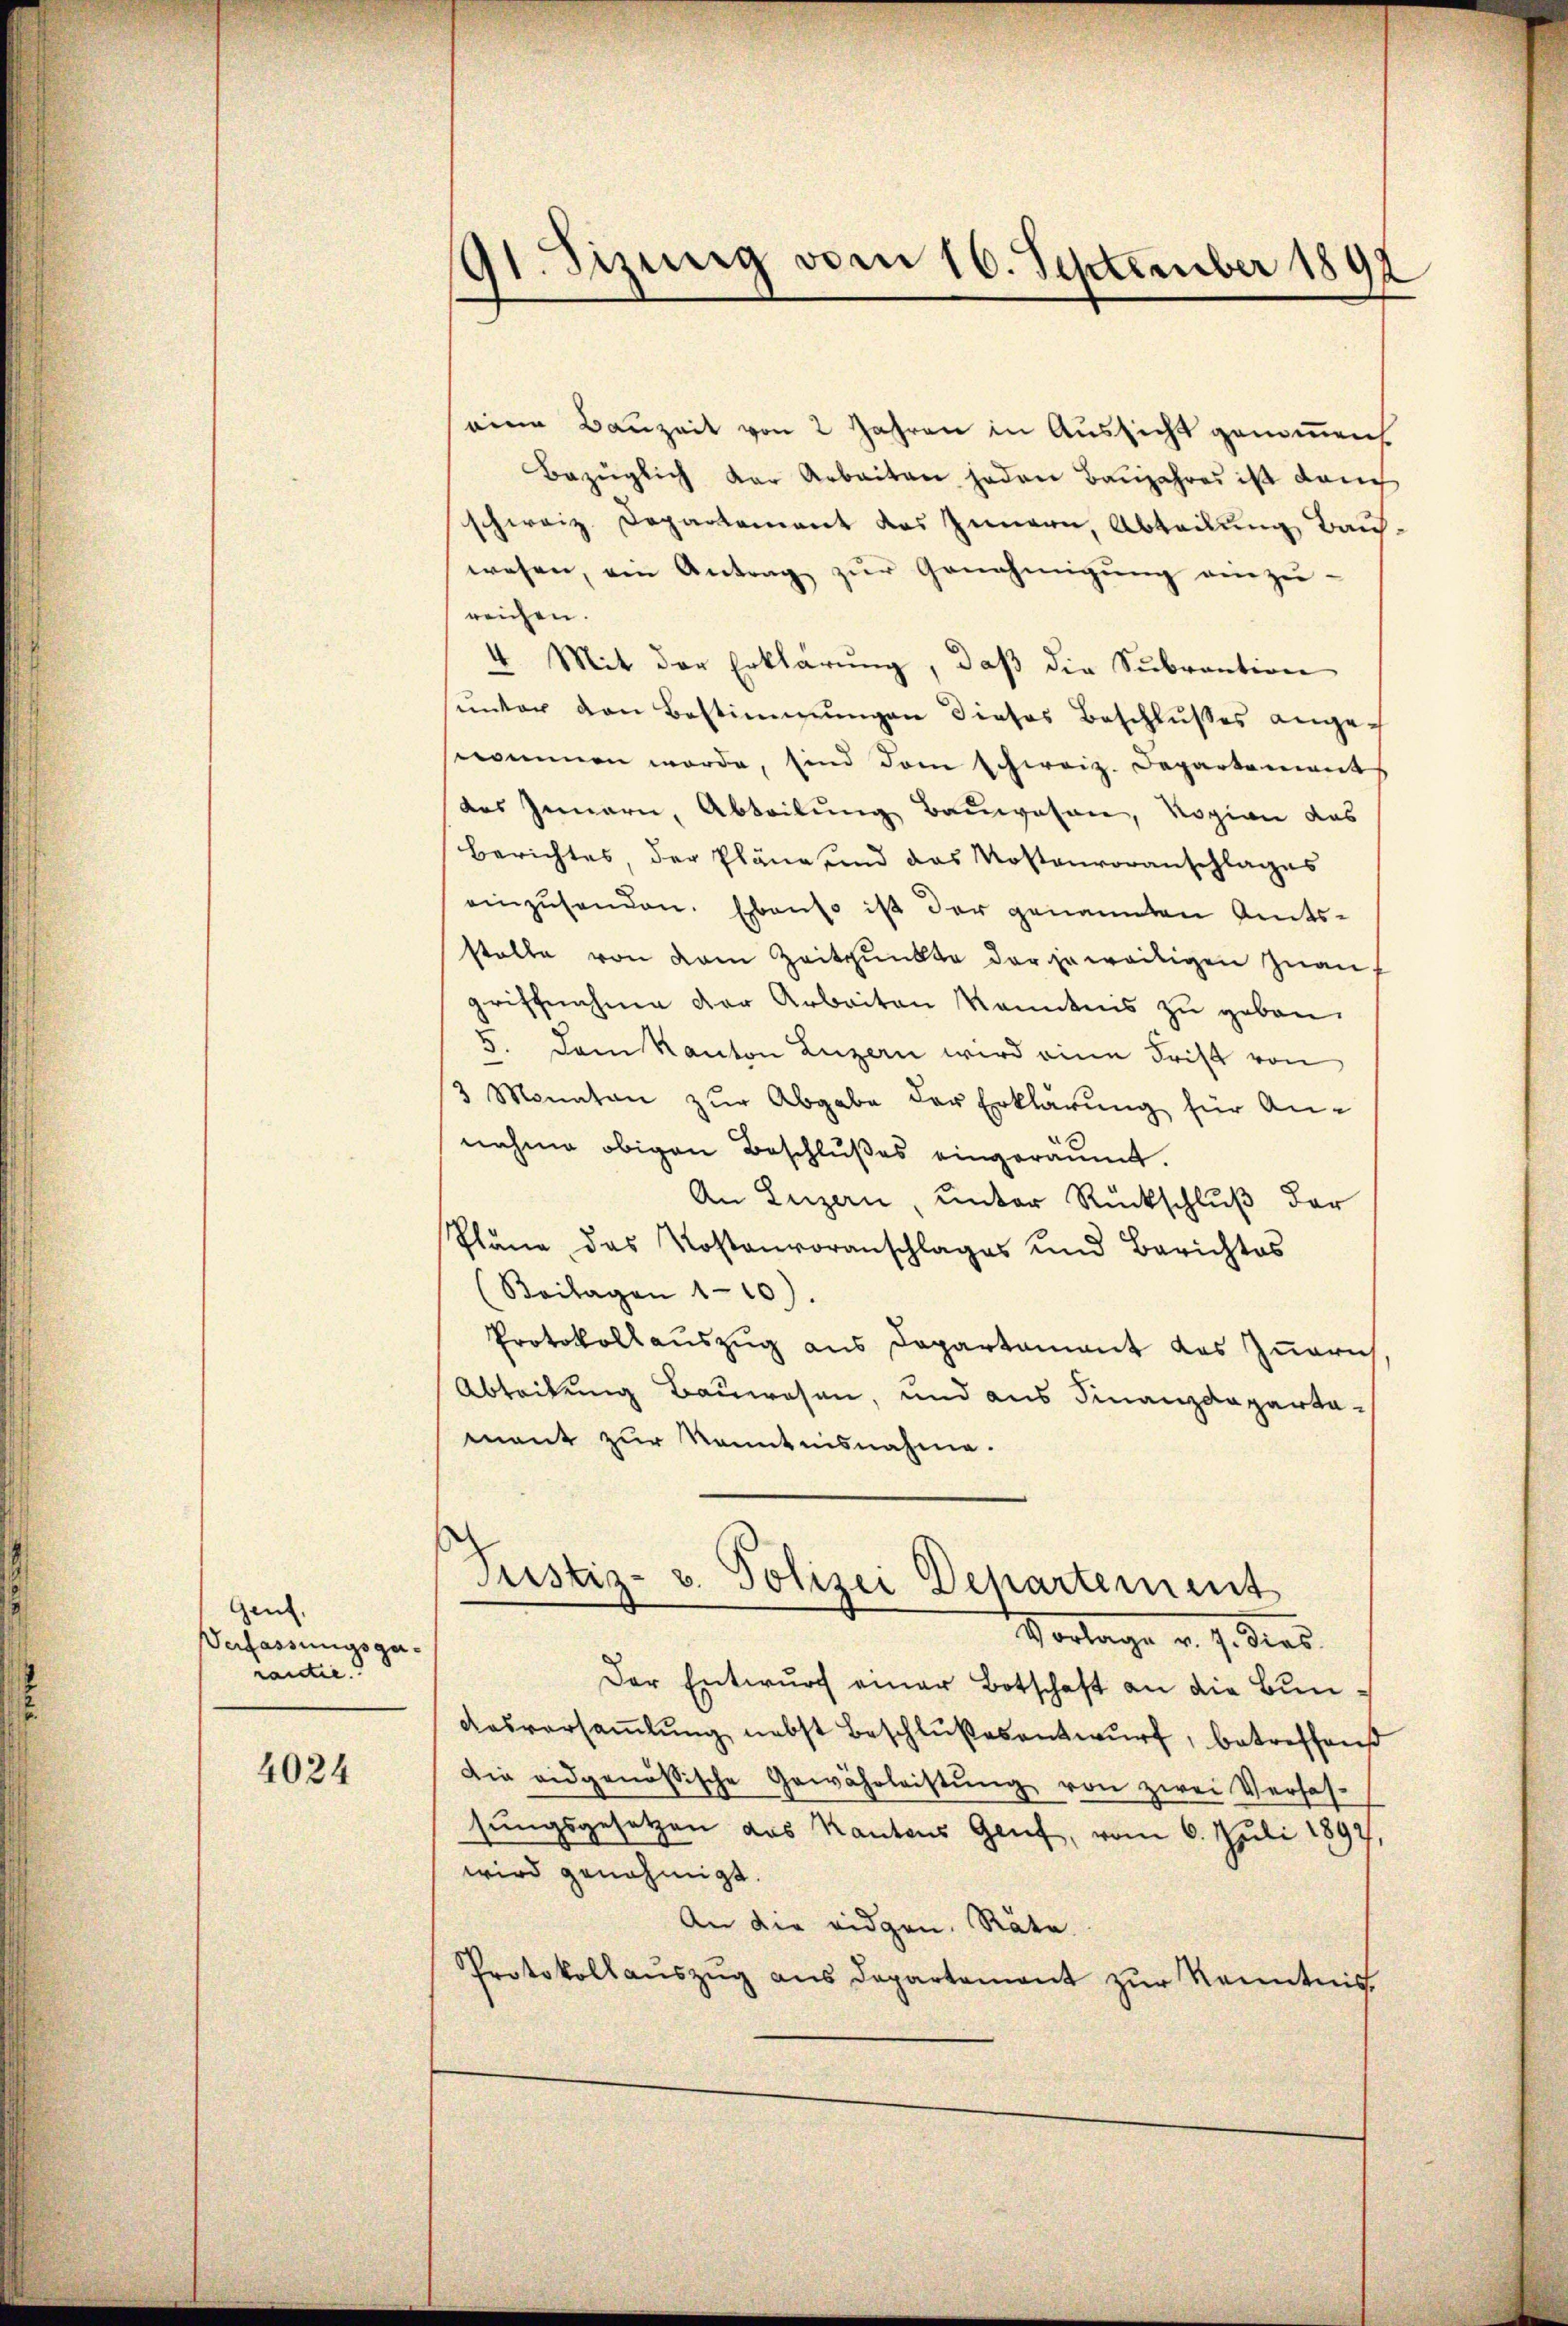
Gent.
Verfassungsgerantie.

4024

91. Sizung vom 16. September 1892

eine Bauzeit von 2 Jahren in Aussicht genommen.
Bezüglich der Arbeiten jeden Baŭjahres ist dann
schweiz. Departement des Innern, Abteilung Bauwesen, ein Antrag zŭr Genehmigung einzu-
reichen.
4. Mit der Erklärung, daβ die Subrantion
sŭnter den Bestimmungen dieses Beschlußes angenommen werde, sind dem schweiz. Departement
das Innern, Abteilung Bauwesen, Rogion das
Berichtes, der Pläne sind das Kostenvoranschlages
einzŭsenden. Ebenso ist der genannten Amtsstalle von dem Zeitpunkte der jeweiligen Zŭangriffnahme der Arbeiten kanntnis zu geben.
3. Dem Kanton Luzern wird eine Frist von
3 Monaten zŭr Abgabe der Erklärung für Annahme obigen Beschlußes eingeräumt.
An Luzern, unter Rückschluß der
Pläne das Kostenvoranschlages und Berichtes
(Beilagen 110).
Protokollauszug aus Departament das Zürich
Abteilung Bauwesen, und aus Finanzdepartamant zur Kenntnisnahme.
Justiz- u. Polizei Departement
Vorlage v. J. dies
Der Entwurf einer Botschaft an die Bun¬
Aasversaṁlŭng nebst Beschlußesentwurf, betreffend
Die eidgenössische Gewährleistŭng von zwei Verfas-
sungsgesetzen das Kantons Genf, vom 6. Juli 1897,
wird genehmigt.
An die eidgen. Räte
Protokollaŭszŭg ans Departement zŭr Kenntnis